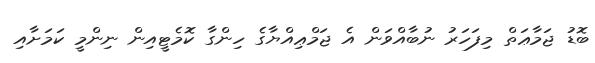
ބޮޑު ޖަމާޢަތް މިފަހަރު ނުބާއްވަން އެ ޖަމްޢިއްޔާގެ ހިންގާ ކޮމެޓީއިން ނިންމީ ކަމަށާއި